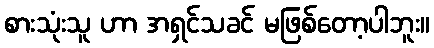
စားသုံးသူ ဟာ အရှင်သခင် မဖြစ်တော့ပါဘူး။